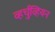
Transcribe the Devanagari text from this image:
व्हर्चुव्हियन